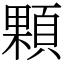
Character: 顆